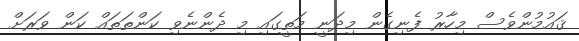
ޤައުމުންވެސް މިހާރު ފެނިގެން މިދަނީ މަތީގައި މި ދެންނެވި ކަންތަތައް ކަން ވަރަށް